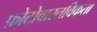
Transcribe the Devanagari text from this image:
फ़ोटोवास्तविकता